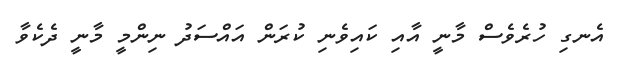
އެނގި ހުރެވެސް މާނީ އާއި ކައިވެނި ކުރަން އައްސަދު ނިންމީ މާނީ ދެކެވާ